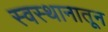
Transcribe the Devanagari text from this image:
स्वस्थानातून